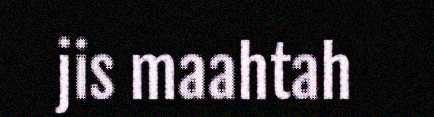
jis maahtah